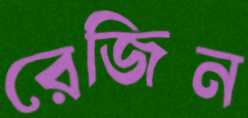
রেজিন